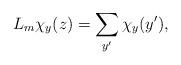
LaTeX: \begin{align*}L_m\chi_y(z) = \sum_{y'} \chi_y(y'),\end{align*}